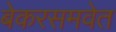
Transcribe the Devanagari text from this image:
बेकरसमवेत